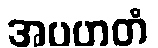
အပဟတံ